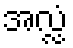
အလ္လံ